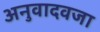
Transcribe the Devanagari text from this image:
अनुवादवजा